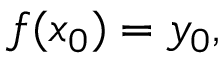
f ( x _ { 0 } ) = y _ { 0 } ,